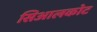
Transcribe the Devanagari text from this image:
सिआलकोट